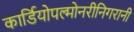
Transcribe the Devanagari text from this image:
कार्डियोपल्मोनरीनिगरानी